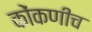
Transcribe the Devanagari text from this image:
कोंकणीच